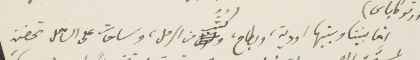
انما بيننا وبينها اودية، وبطاح ، كثب من الرمل، وساحات على الساحل تحضنه